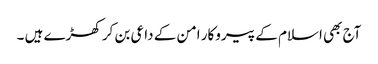
آج بھی اسلام کے پیروکار امن کے داعی بن کر کھڑے ہیں ۔